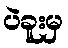
ပဲခူးမှ